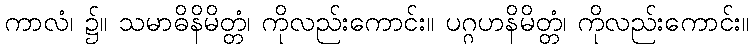
ကာလံ၊ ၌။ သမာဓိနိမိတ္တံ၊ ကိုလည်းကောင်း။ ပဂ္ဂဟနိမိတ္တံ၊ ကိုလည်းကောင်း။